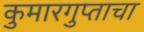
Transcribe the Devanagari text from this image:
कुमारगुप्ताचा